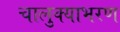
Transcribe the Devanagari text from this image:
चालुक्याभरण